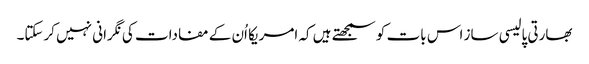
بھارتی پالیسی ساز اس بات کو سمجھتے ہیں کہ امریکا اُن کے مفادات کی نگرانی نہیں کرسکتا۔